Annual report on the health of the army in India
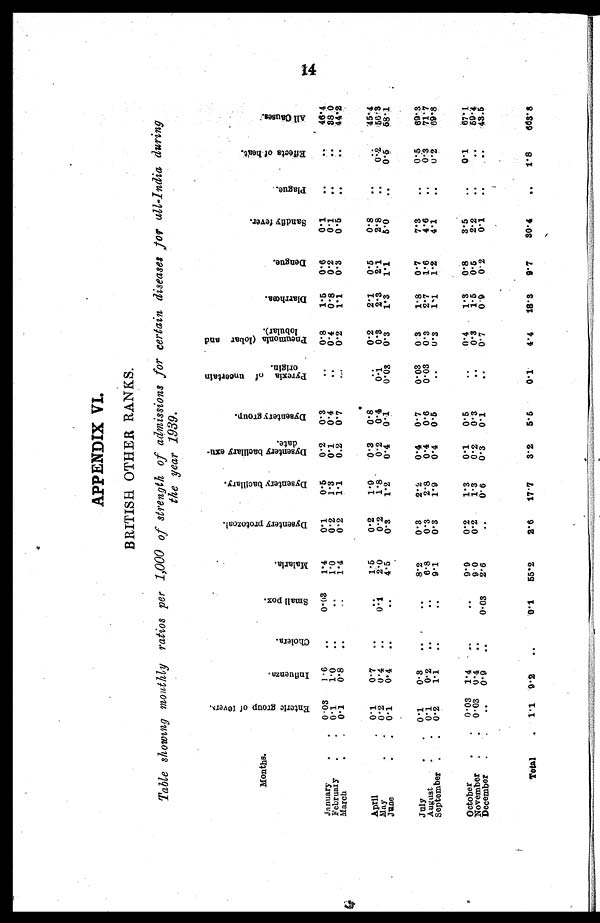
APPENDIX VI.
BRITISH OTHER RANKS.
Table showing monthly ratios per 1,000 of strength of admissions for certain diseases for all-India during
the year 1939.
Months.
E n t e r i c g r o u p o f f e v e r s .
I n f l u e n z a .
C h o l e r a .
S m a l l p o x .
M a l a r i a .
D y s e n t e r y P r o t o z o a l .
D y s e n t e r y b a c f l l a r y .
D y s e n t e r y b a c i l l a r y e x u - d a t e
D y s e n t e r y g r o u p .
P y r e x i a o f u n c e r t a i n o r i g i n . P n e u m o n l a ( l o b a r a n d l o b u l a r ) .
D i a r r h œ a .
D e n g u e .
S a n d f l y f e v e r .
P l a g u e .
E f f e c t s o f h e a t .
A l l C a u s e s .
January
.
. 0.03
1.6
..
0.03
1.4
0.1
0.5
0.2
0.3
..
0.8
1.5
0.6
0.1
..
. .
46.4
February
.
. 0.1
1.0
..
..
1.0
0.2
1.3
0.1
0.4
..
0.4
0.8
0.2
0.1
..
. .
38.0
March
.
. 0.1
0.8
..
..
1.4
0.2
1.1
0.2
0.7
..
0.2
1.1
0.3
0.5
..
. .
44.2
April
. 0.1
0.7
..
..
1.5
0.2
1.9
0.3
0.8
..
0.2
2.1
0.5
0.8
..
..
45.4
May
.
. 0.2
0.4
..
0.1
2.0
0.2
1.8
0.2
0.4
0.1
0.3
2.3
2.1
2.8
..
0 . 2
56.3
June
.
. 0.1
0.4
..
..
4.5
0.3
1.2
0.4
0.1
0.08
0.3
1.3
1.1
5 . 0
..
0 . 5
58.1
July
.
.
0 . 1
0 . 3 ..
..
8.2
0.3
2 . 2
0.4
0 . 7
0.03
0.3
1.8
0 . 7
7.3
..
0.5
69.3
August
.
. 0.1
0.2
..
. .
6.8
0.3
2.8
0.4
0.6
0.03
0.3
1.7
1.6
4.6
..
0.3
71.7
September .
. 0.2
1 . 1 ..
..
9.1
0.3
1.9
0.4
0.5
..
0.3
1.1
1.2
4.1
. .
0.2
69.8
October
.
.
0.03 1.4
. .
..
9.9
0.2
1.3
0.1
0.5
..
0.4
1.3
0.8
3.5
. .
0.1
67.1
November
.
. 0.03 0.4
..
. .
9.0
0.2
1.3
0.2
0.3
. . 0.3
1.5
0.6
2.2
..
. .
59.4
December
.
.
..
0.9
..
0.03
2.6
..
0.6
0.3
0.1
. . 0.7
0.9
0.2
0.1
..
. .
43.5
Total
. 1.1 9.2
..
0.1
55.2
2.6
17.7
3.2
5.5
0.1
4.4
18.3
9.7
30.4
..
1.8
663.8